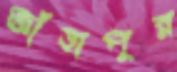
জাঁহাপুর